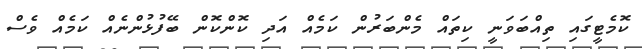
ކޮމެޓީގައި ތިއްބަވަނީ ކިތައް މެންބަރުން ކަމެއް އަދި ކޮންކޮން ބޭފުޅުންނެއް ކަމެއް ވެސް